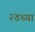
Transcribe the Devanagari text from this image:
२४च्या